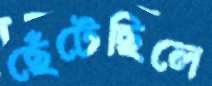
ছেঁটেছিলে